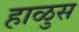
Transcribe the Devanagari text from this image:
हाळुस